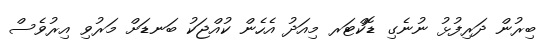
ބިރުން ދަރިފުޅު ނުނެގި ޑޮކްޓަރ މިއަދު އެހެން ކުއްޖަކު ބަނޑަށް މަރުވި އިރުވެސް